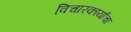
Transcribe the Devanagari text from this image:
विचारकार्याचा